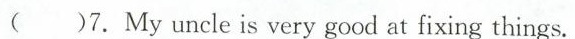
( )7.My uncle is very good at fixing things.